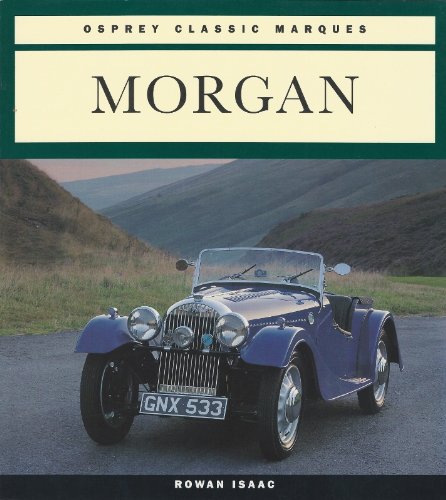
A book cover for Morgan (Osprey Classic Marques); Rowan Isaac; Engineering & Transportation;